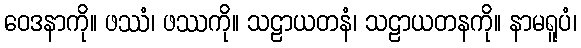
ဝေဒနာကို။ ဖဿံ၊ ဖဿကို။ သဠာယတနံ၊ သဠာယတနကို။ နာမရူပံ၊